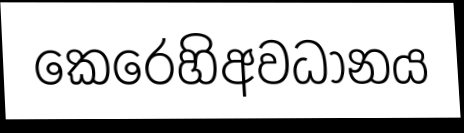
කෙරෙහිඅවධානය